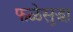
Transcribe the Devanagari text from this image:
फळेसुद्धा